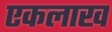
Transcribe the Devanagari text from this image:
एकलाख